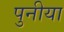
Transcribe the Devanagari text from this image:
पुनीया